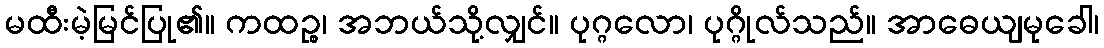
မထီးမဲ့မြင်ပြု၏။ ကထဉ္စ၊ အဘယ်သို့လျှင်။ ပုဂ္ဂလော၊ ပုဂ္ဂိုလ်သည်။ အာဓေယျမုခေါ၊